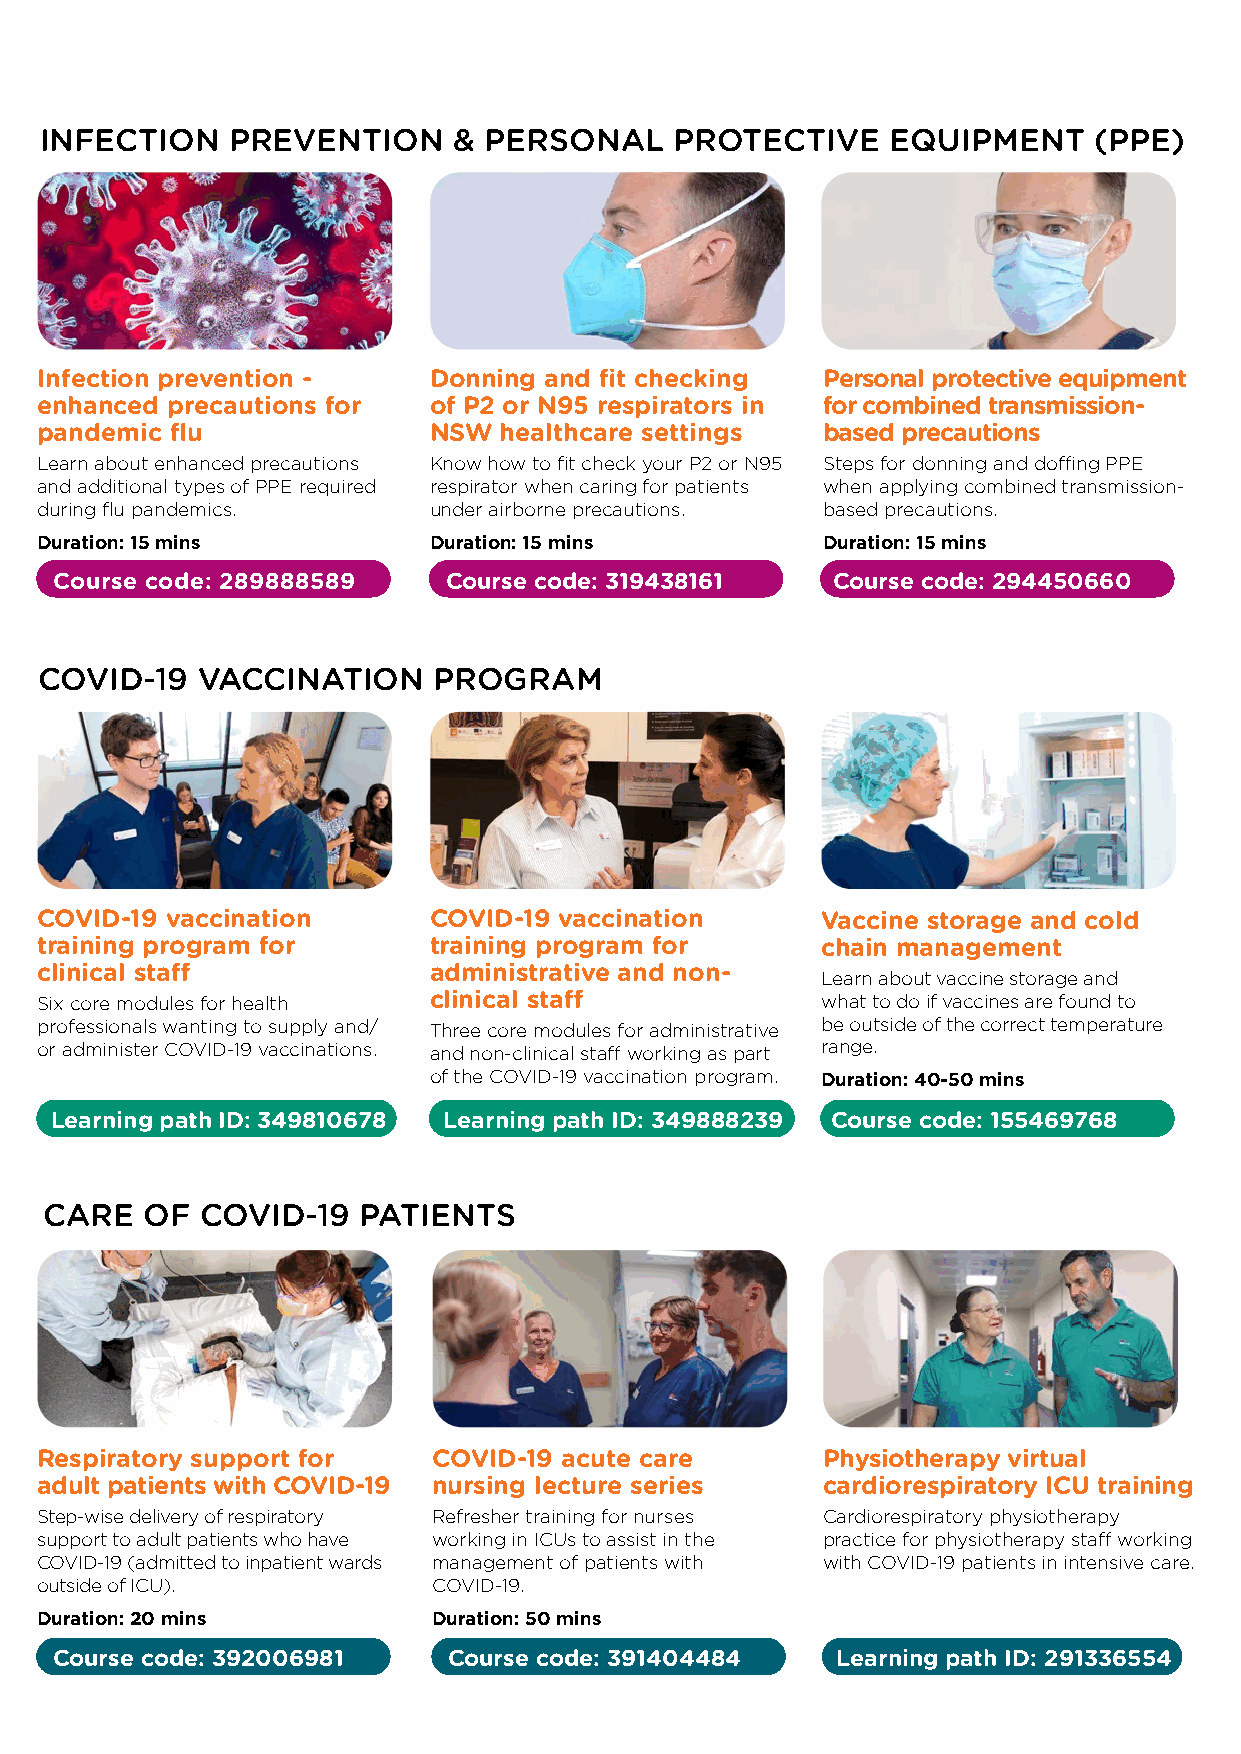
INFECTION   PREVENTION     & PERSONAL     PROTECTIVE    EQUIPMENT    (PPE)
 Rapid upskilling for
 COVID-19 workforce
 Infection prevention -    Donning and fit checking  Personal protective equipment
 enhanced precautions for  of P2 or N95 respirators in for combined transmission-
 pandemic flu              NSW  healthcare settings  based precautions
 Learn about enhanced precautions Know how to fit check your P2 or N95 Steps for donning and doffing PPE
 and additional types of PPE required respirator when caring for patients when applying combined transmission-
 during flu pandemics.     under airborne precautions. based precautions.
 Duration: 15 mins         Duration: 15 mins         Duration: 15 mins
 Course code: 289888589   Course code: 319438161    Course code: 294450660
 COVID-19  VACCINATION     PROGRAM
 COVID-19 vaccination      COVID-19 vaccination      Vaccine storage and cold
 training program for      training program for      chain management
 clinical staff            administrative and non-
 Learn about vaccine storage and
 Six core modules for health clinical staff          what to do if vaccines are found to
 professionals wanting to supply and/ Three core modules for administrative be outside of the correct temperature
 or administer COVID-19 vaccinations. and non-clinical staff working as part range.
 of the COVID-19 vaccination program. Duration: 40-50 mins
 Learning path ID: 349810678 Learning path ID: 349888239 Course code: 155469768
 CARE   OF COVID-19   PATIENTS
 Respiratory support for    COVID-19 acute care      Physiotherapy virtual
 adult patients with COVID-19 nursing lecture series cardiorespiratory ICU training
 Step-wise delivery of respiratory Refresher training for nurses Cardiorespiratory physiotherapy
 support to adult patients who have working in ICUs to assist in the practice for physiotherapy staff working
 COVID-19 (admitted to inpatient wards management of patients with with COVID-19 patients in intensive care.
 outside of ICU).           COVID-19.
 Duration: 20 mins          Duration: 50 mins
 Course code: 392006981     Course code: 391404484   Learning path ID: 291336554